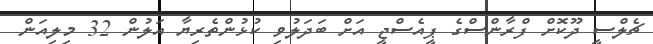
ޗެލްސީ ދޫކޮށް ފްރާންސްގެ ޕީއެސްޖީ އަށް ބަދަލުވި ކުޅުންތެރިޔާ އަލުން 32 މިލިއަން